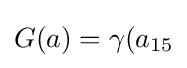
G(a)=\gamma (a_{15}